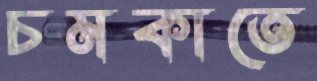
চমকাতে